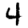
Digit: 4